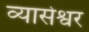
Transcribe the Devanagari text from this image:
व्यासेश्वर